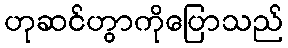
ဟုဆင်ဟွာကိုပြောသည်